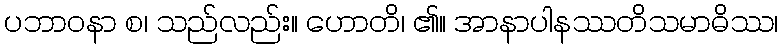
ပဘာဝနာ စ၊ သည်လည်း။ ဟောတိ၊ ၏။ အာနာပါနဿတိသမာဓိဿ၊